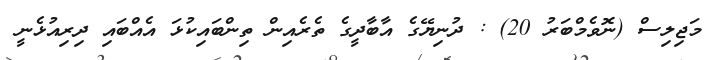
މަޖިލިސް (ނޮވެމްބަރު 20) : ދުނިޔޭގެ އާބާދީގެ ތެރެއިން ތިންބައިކުޅަ އެއްބައި ދިރިއުޅެނީ